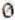
0